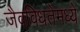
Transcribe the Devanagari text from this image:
जैवविधतेमध्ये